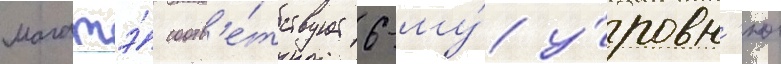
магатэ́ соотв'е́тствует 6-му́ у́ровн'ю